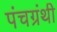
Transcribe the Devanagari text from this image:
पंचग्रंथी